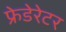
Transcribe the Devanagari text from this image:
फ्रेडेरेटर